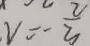
v = \frac { 2 } { 3 }